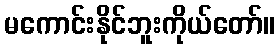
မကောင်းနိုင်ဘူးကိုယ်တော်။